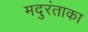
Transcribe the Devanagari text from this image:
मदुरंताका